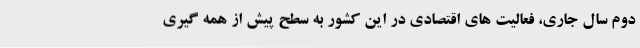
دوم سال جاری، فعالیت های اقتصادی در این کشور به سطح پیش از همه گیری